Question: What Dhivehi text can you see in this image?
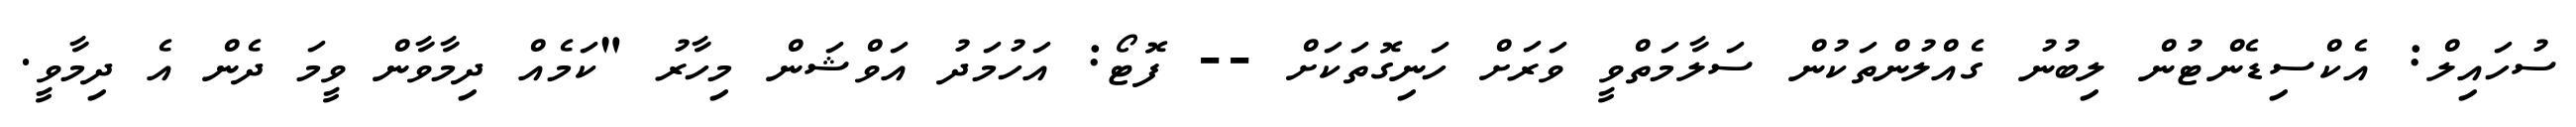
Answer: ސުހައިލް: އެކްސިޑެންޓުން ލިބުނު ގެއްލުންތަކުން ސަލާމަތްވީ ވަރަށް ހަނިގޮތަކަށް -- ފޮޓޯ: އަހުމަދު އަވްޝަން މިހާރު "ކަމެއް ދިމާވާން ވީމަ ދެން އެ ދިމާވީ.